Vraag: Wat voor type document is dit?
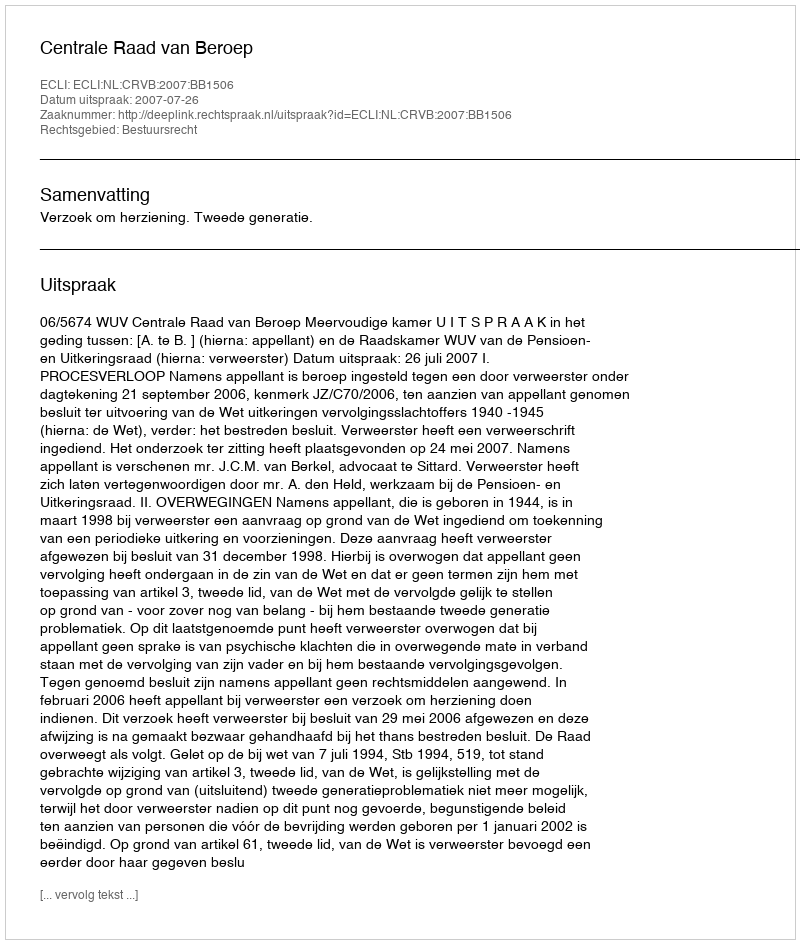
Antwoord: Uitspraak